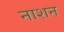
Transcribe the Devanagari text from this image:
नाशन